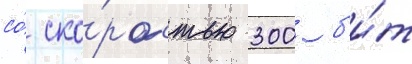
со́ ско́ростью 300 б'и́т